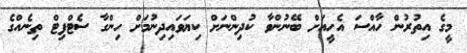
މީގެ އިތުރުން ހާއްސަ އެހީއަށް ބޭނުންވާ ކުދިންނަށް ކިޔަވައިދިނުމަށް ހިންގާ ސެޓްފިޓް ތިނެއްގެ